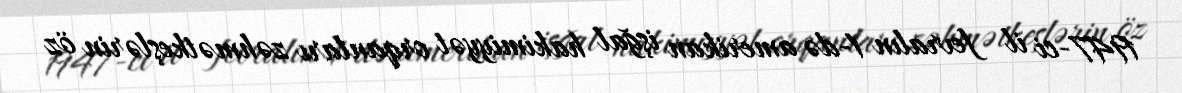
1947-ci il fevralın 1-də amerikan işğal hakimiyyət orqanları zəhmətkeşlərin öz